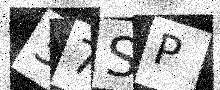
Text: 37SP